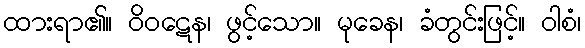
ထားရာ၏။ ဝိဝဋေန၊ ဖွင့်သော။ မုခေန၊ ခံတွင်းဖြင့်။ ဝါစံ၊